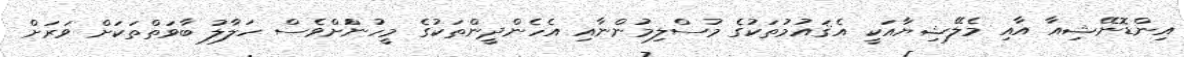
އިންޑޮނޭޝިއާ އާއި މެލޭޝިޔާއަކީ އެޤައުމުތަކުގެެ މުސްލިމުންނާއި އެހެންދީންތަކުގެ މީހުންަށްވެސް ހަލާލު ބާވަތްތަކަށް ވަރަށް